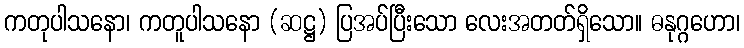
ကတုပါသနော၊ ကတူပါသနော (ဆဋ္ဌ) ပြအပ်ပြီးသော လေးအတတ်ရှိသော။ ဓနုဂ္ဂဟော၊